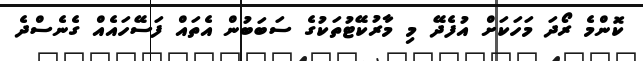
ކޮންމެ ރޯދަ މަހަކަށް އުފެދޭ މި މާރުކޭޓުތަކުގެ ސަބަބުން އެތައް ފަސޭހައެއް ގެނެސްދެ